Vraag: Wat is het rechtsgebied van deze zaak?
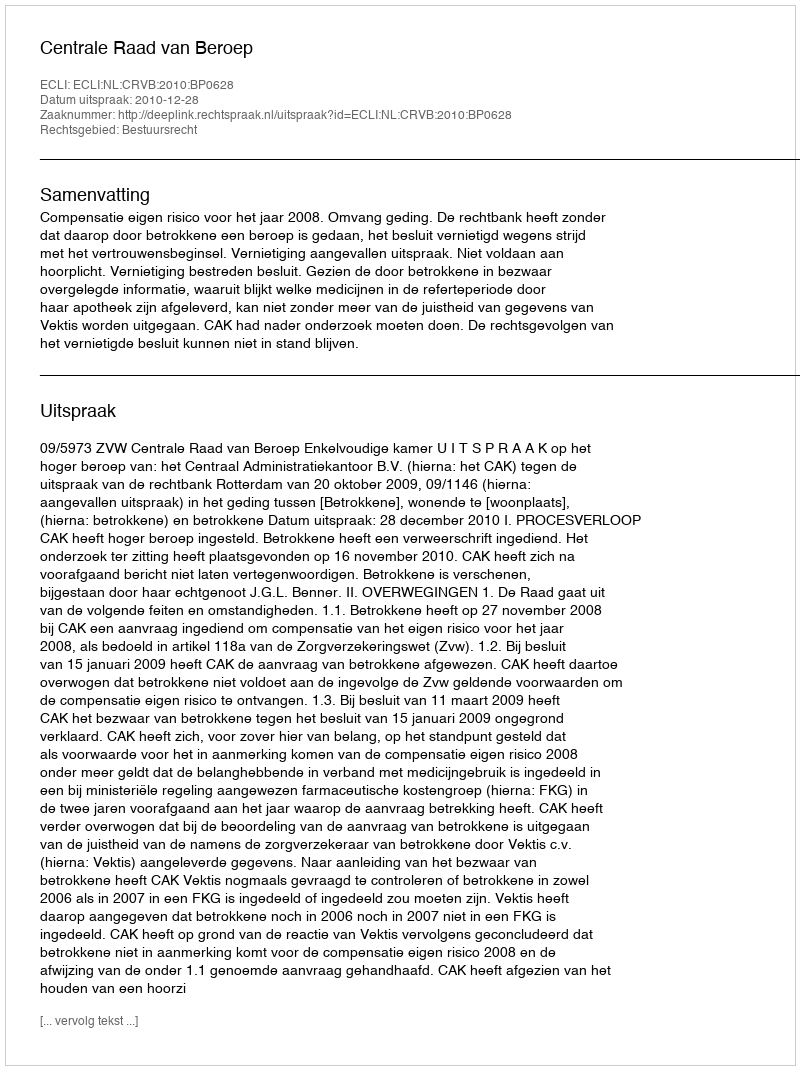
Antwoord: Bestuursrecht